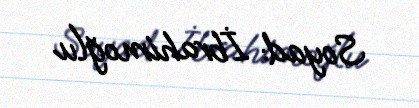
Soyad: İbrahimoğlu